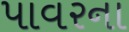
પાવરના